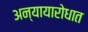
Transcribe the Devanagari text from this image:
अन्यायारोधात